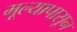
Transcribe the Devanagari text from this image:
मूल्यापासून